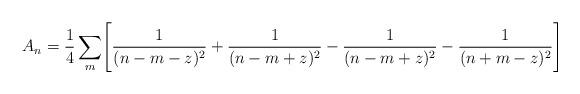
LaTeX: \begin{align*}A_n = {{1 \over 4} \sum _m} \Biggl [ {1 \over (n - m - z)^2} + {1 \over (n - m + z )^2} - {1 \over (n - m + z )^2} - {1 \over (n + m - z )^2 } \Biggr ]\end{align*}